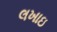
લખાઇ